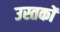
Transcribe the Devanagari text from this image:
उस्तकों